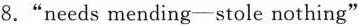
8. "needs mending—stole nothing"